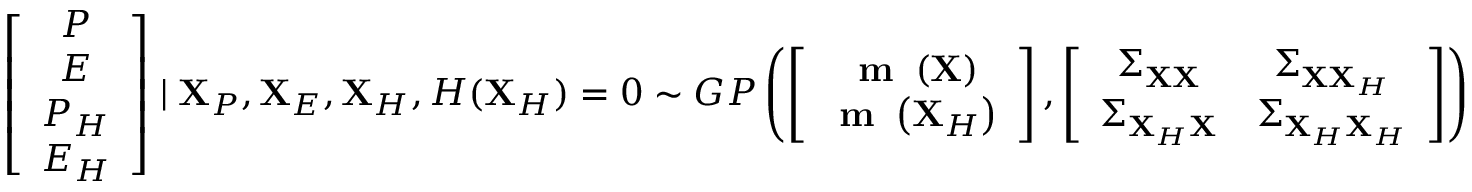
\left[ \begin{array} { c } { P } \\ { E } \\ { P _ { H } } \\ { E _ { H } } \end{array} \right] \mid \mathbf { X } _ { P } , \mathbf { X } _ { E } , \mathbf { X } _ { H } , H ( \mathbf { X } _ { H } ) = 0 \sim G P \left( \left[ \begin{array} { c } { \textbf { m } \left( \mathbf { X } \right) } \\ { \textbf { m } \left( \mathbf { X } _ { H } \right) } \end{array} \right] , \left[ \begin{array} { c c } { \boldsymbol { \Sigma } _ { \mathbf { X } \mathbf { X } } } & { \boldsymbol { \Sigma } _ { \mathbf { X } \mathbf { X } _ { H } } } \\ { \boldsymbol { \Sigma } _ { \mathbf { X } _ { H } \mathbf { X } } } & { \boldsymbol { \Sigma } _ { \mathbf { X } _ { H } \mathbf { X } _ { H } } } \end{array} \right] \right)